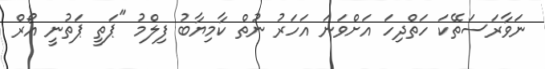
ނަވާރަސަތޭކަ ހަތްދިހަ އަށްވަނަ އަހަރު ނުތް ކާމިޔާބު ފިލްމު "ޕަތީ ޕަތުނީ އޯރް